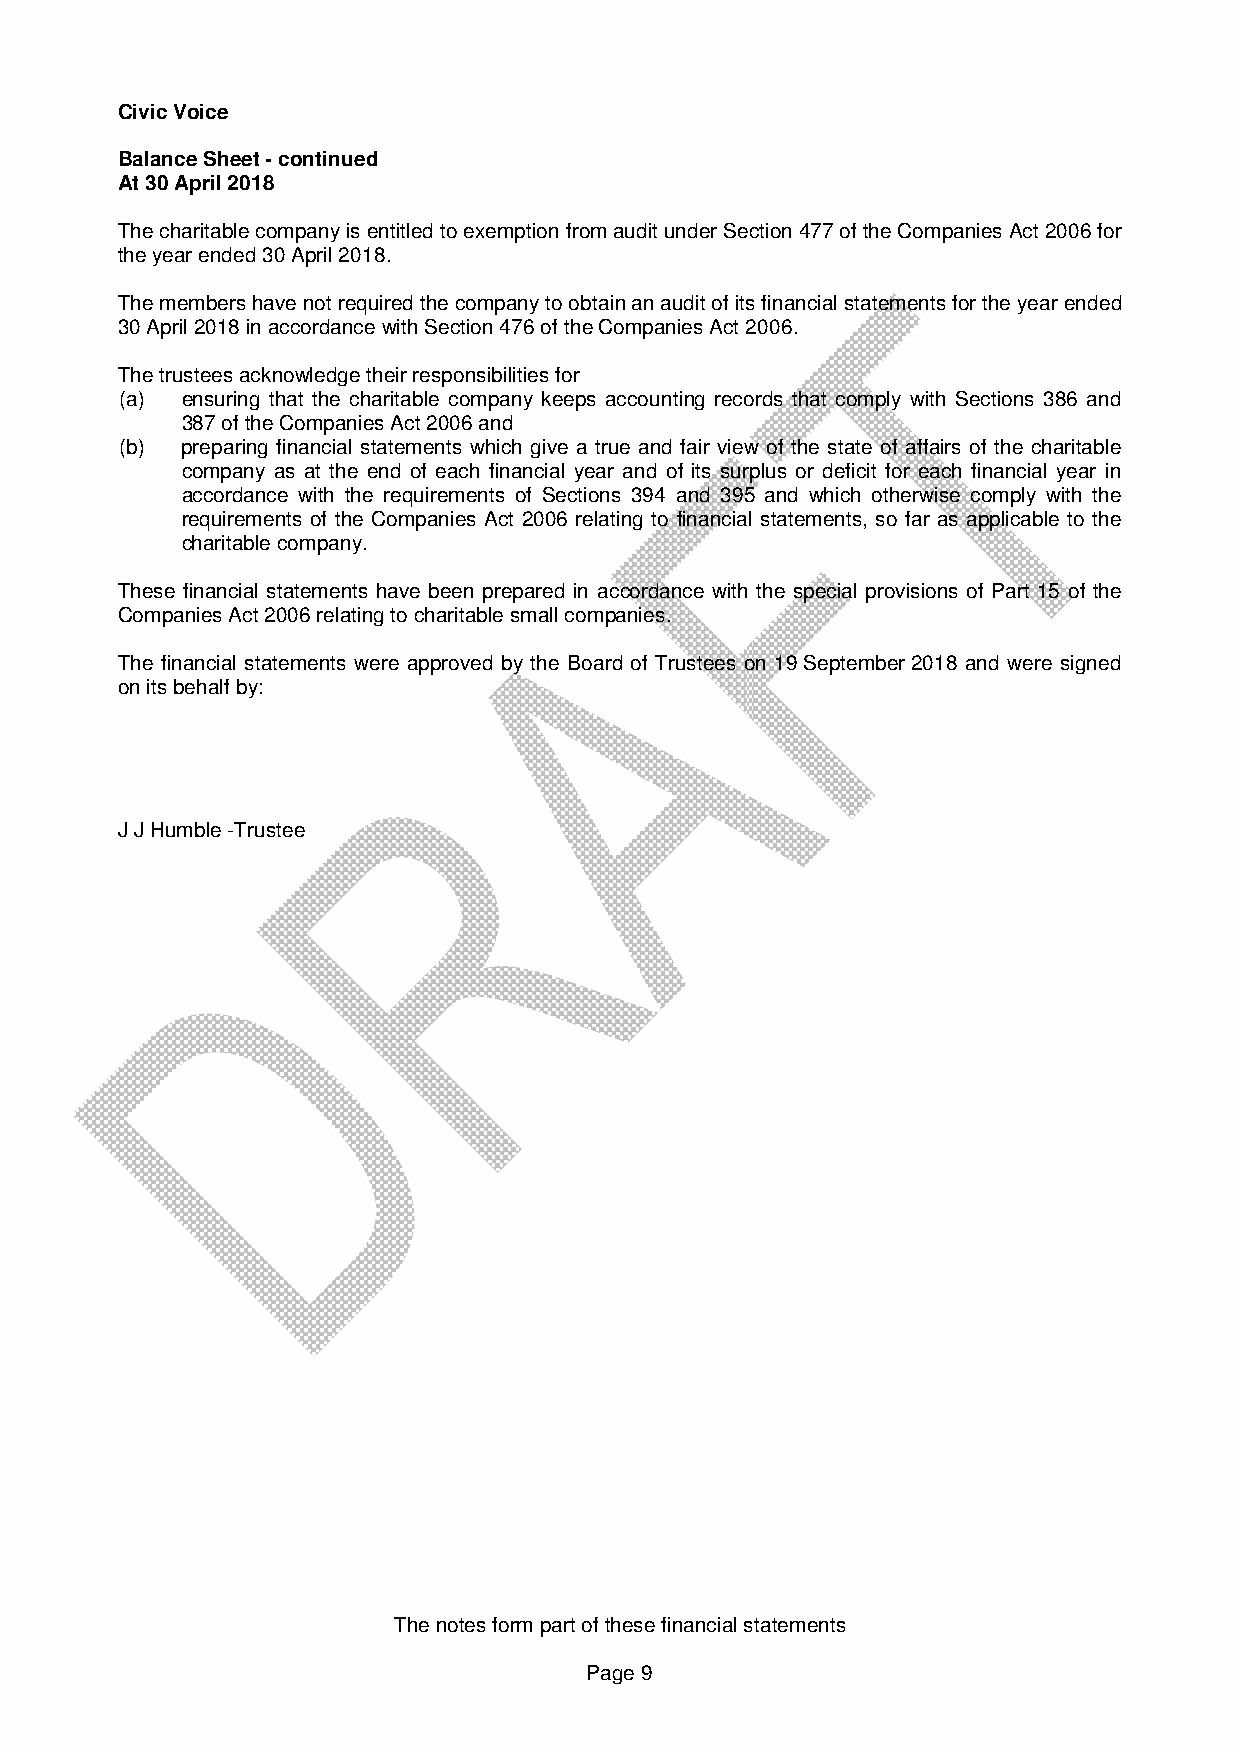
Civic Voice
 Balance Sheet - continued
 At 30 April 2018
 The charitable company is entitled to exemption from audit under Section 477 of the Companies Act 2006 for
 the year ended 30 April 2018.
 The members have not required the company to obtain an audit of its financial statements for the year ended
 30 April 2018 in accordance with Section 476 of the Companies Act 2006.
 The trustees acknowledge their responsibilities for
 (a) ensuring that the charitable company keeps accounting records that comply with Sections 386 and
 387 of the Companies Act 2006 and
 (b) preparing financial statements which give a true and fair view of the state of affairs of the charitable
 company as at the end of each financial year and of its surplus or deficit for each financial year in
 accordance with the requirements of Sections 394 and 395 and which otherwise comply with the
 requirements of the Companies Act 2006 relating to financial statements, so far as applicable to the
 charitable company.
 These financial statements have been prepared in accordance with the special provisions of Part 15 of the
 Companies Act 2006 relating to charitable small companies.
 The financial statements were approved by the Board of Trustees on 19 September 2018 and were signed
 on its behalf by:
 J J Humble -Trustee
 The notes form part of these financial statements
 Page 9